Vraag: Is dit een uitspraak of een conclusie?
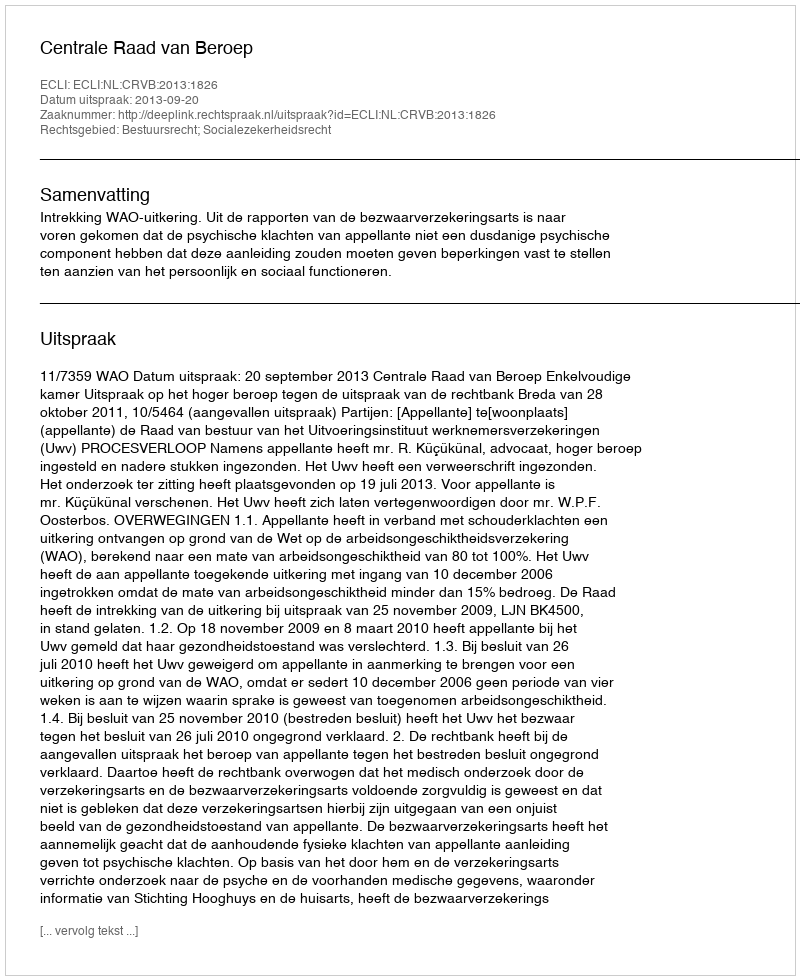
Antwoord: Uitspraak